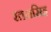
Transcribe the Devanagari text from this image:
रतनसिह